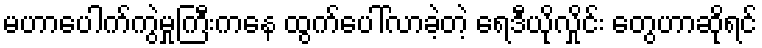
မဟာပေါက်ကွဲမှုကြီးကနေ ထွက်ပေါ်လာခဲ့တဲ့ ရေဒီယိုလှိုင်း တွေဟာဆိုရင်